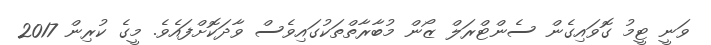
ވަނީ ޓީމު ގޮވައިގެން ސެންޓްރަލް ޒޯން މުބާރާތްތަކުގައިވެސް ވާދަކޮށްފައެވެ. މީގެ ކުރިން 2017